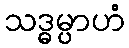
သဒ္ဓမ္ပာဟံ